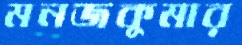
মনজকুমার